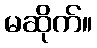
မဆိုက်။